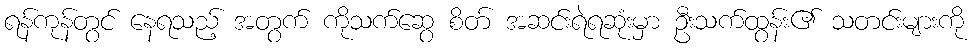
ရန်ကုန်တွင် နေရသည့် အတွက် ကိုသက်ဆွေ စိတ် အဆင်းရဲရဆုံးမှာ ဦးသက်ထွန်း၏ သတင်းများကို